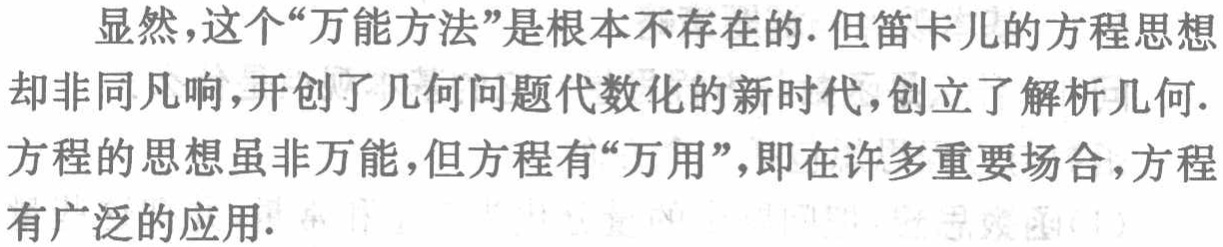
显然，这个“万能方法”是根本不存在的. 但笛卡儿的方程思想却非同凡响，开创了几何问题代数化的新时代，创立了解析几何. 方程的思想虽非万能，但方程有“万用”，即在许多重要场合，方程有广泛的应用.